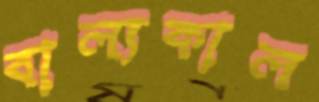
বাল্যকাল